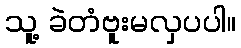
သူ့ ခဲတံဗူးမလှပပါ။